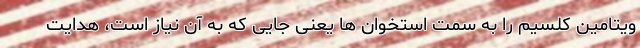
ویتامین کلسیم را به سمت استخوان ها یعنی جایی که به آن نیاز است، هدایت